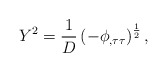
\begin{align*}Y^2=\frac 1D\left( -\phi _{,\tau \tau }\right) ^{\frac 12},\end{align*}